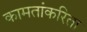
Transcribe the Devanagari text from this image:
कामतांकरिता